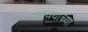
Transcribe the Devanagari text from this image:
गावयाच्या